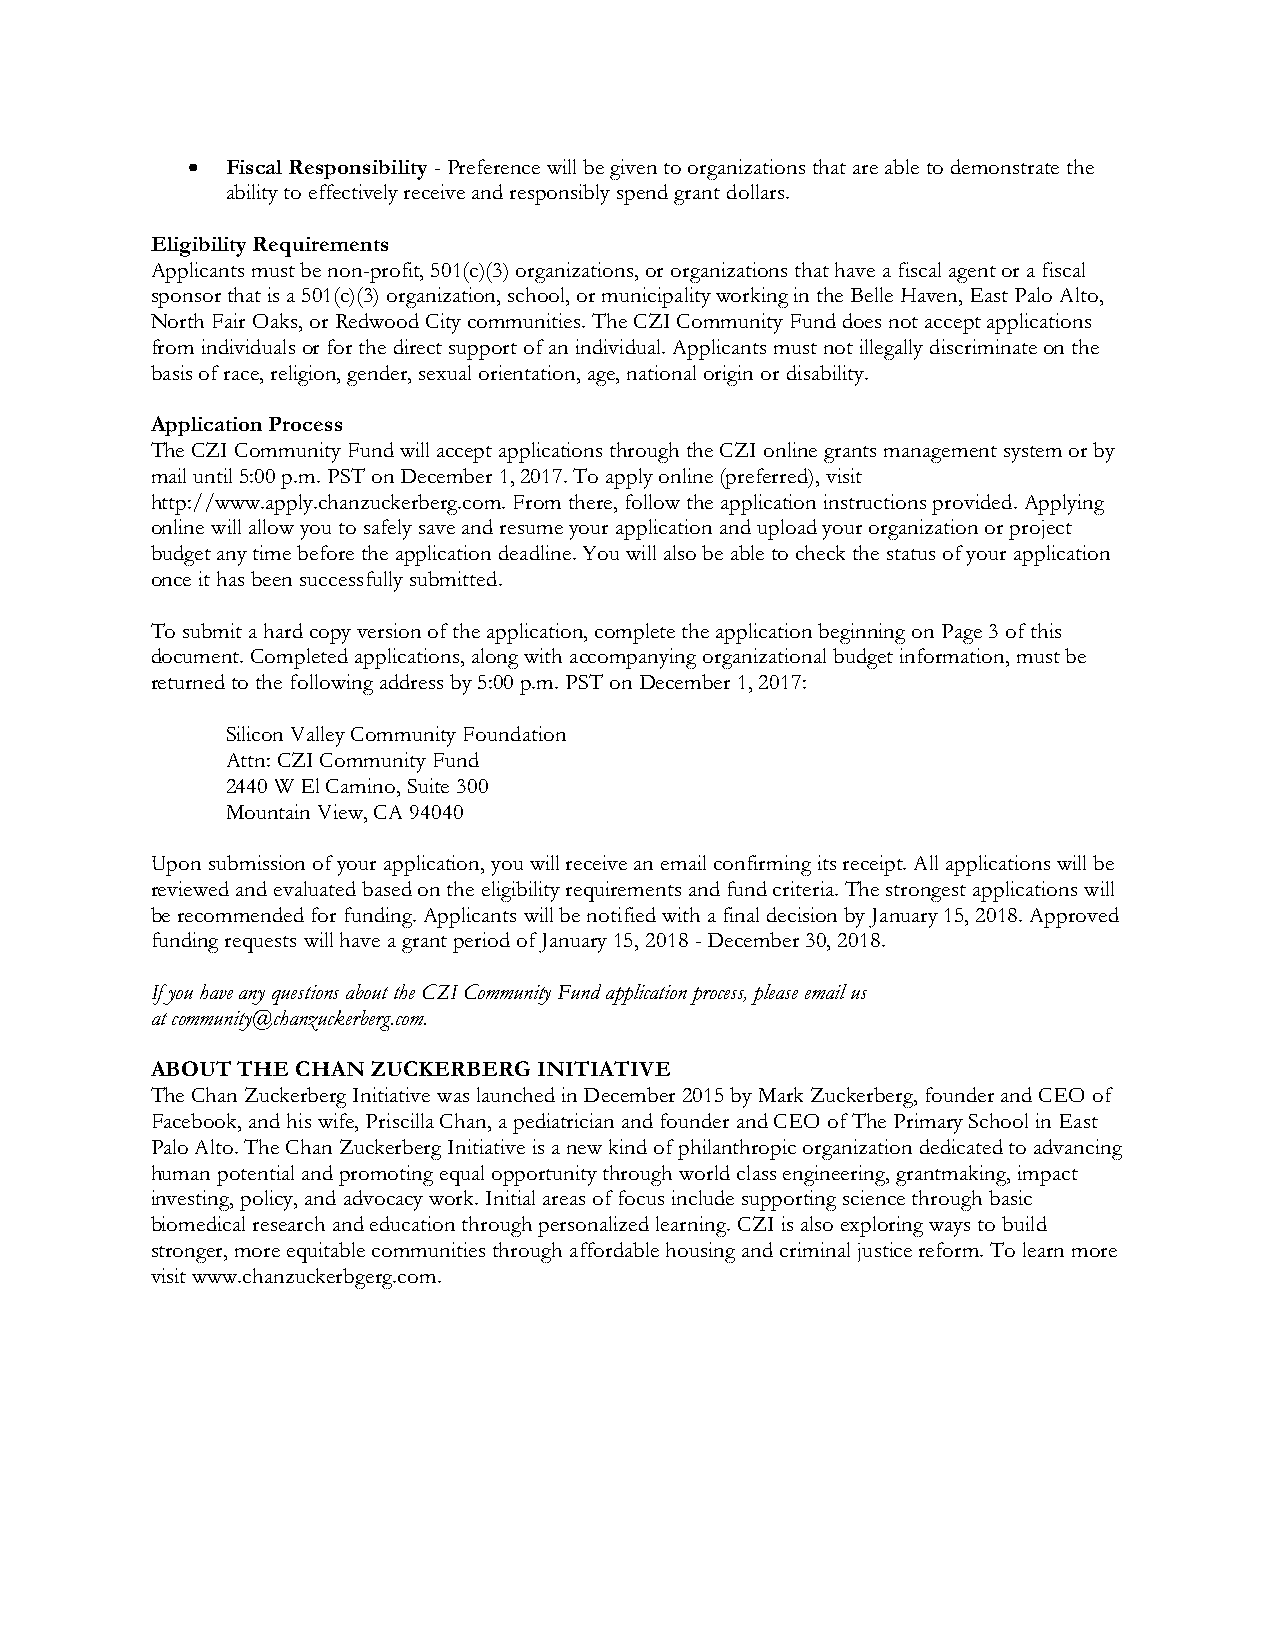
•  Fiscal Responsibility - Preference will be given to organizations that are able to demonstrate the
 ability to effectively receive and responsibly spend grant dollars.
 Eligibility Requirements
 Applicants must be non-profit, 501(c)(3) organizations, or organizations that have a fiscal agent or a fiscal
 sponsor that is a 501(c)(3) organization, school, or municipality working in the Belle Haven, East Palo Alto,
 North Fair Oaks, or Redwood City communities. The CZI Community Fund does not accept applications
 from individuals or for the direct support of an individual. Applicants must not illegally discriminate on the
 basis of race, religion, gender, sexual orientation, age, national origin or disability.
 Application Process
 The CZI Community Fund will accept applications through the CZI online grants management system or by
 mail until 5:00 p.m. PST on December 1, 2017. To apply online (preferred), visit
 http://www.apply.chanzuckerberg.com. From there, follow the application instructions provided. Applying
 online will allow you to safely save and resume your application and upload your organization or project
 budget any time before the application deadline. You will also be able to check the status of your application
 once it has been successfully submitted.
 To submit a hard copy version of the application, complete the application beginning on Page 3 of this
 document. Completed applications, along with accompanying organizational budget information, must be
 returned to the following address by 5:00 p.m. PST on December 1, 2017:
 Silicon Valley Community Foundation
 Attn: CZI Community Fund
 2440 W El Camino, Suite 300
 Mountain View, CA 94040
 Upon submission of your application, you will receive an email confirming its receipt. All applications will be
 reviewed and evaluated based on the eligibility requirements and fund criteria. The strongest applications will
 be recommended for funding. Applicants will be notified with a final decision by January 15, 2018. Approved
 funding requests will have a grant period of January 15, 2018 - December 30, 2018.
 If you have any questions about the CZI Community Fund application process, please email us
 at community@chanzuckerberg.com.
 ABOUT THE CHAN ZUCKERBERG INITIATIVE
 The Chan Zuckerberg Initiative was launched in December 2015 by Mark Zuckerberg, founder and CEO of
 Facebook, and his wife, Priscilla Chan, a pediatrician and founder and CEO of The Primary School in East
 Palo Alto. The Chan Zuckerberg Initiative is a new kind of philanthropic organization dedicated to advancing
 human potential and promoting equal opportunity through world class engineering, grantmaking, impact
 investing, policy, and advocacy work. Initial areas of focus include supporting science through basic
 biomedical research and education through personalized learning. CZI is also exploring ways to build
 stronger, more equitable communities through affordable housing and criminal justice reform. To learn more
 visit www.chanzuckerbgerg.com.